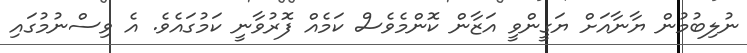
ނުލިބުމުން ޔާނާއަށް ޔަގީންވީ އަޒާން ކޮންމެވެސް ކަމެއް ފޮރުވާނީ ކަމުގައެވެ. އެ ވިސްނުމުގައި